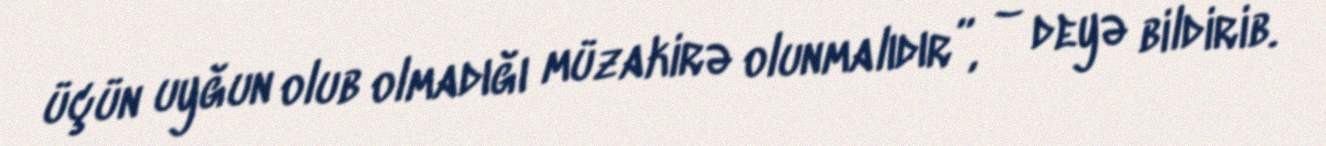
üçün uyğun olub olmadığı müzakirə olunmalıdır”, – deyə bildirib.